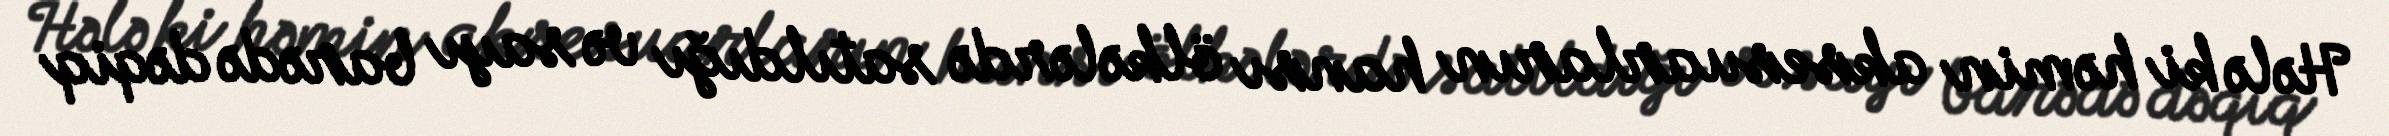
Hələ ki həmin aksesuarların hansı ölkələrdə satıldığı və sayı barədə dəqiq